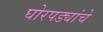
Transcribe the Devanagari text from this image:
घोरपड्यांचे